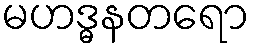
မဟဒ္ဓနတရော